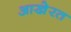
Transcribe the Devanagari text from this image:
आखे़रत